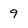
Character: 9